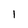
Character: 1